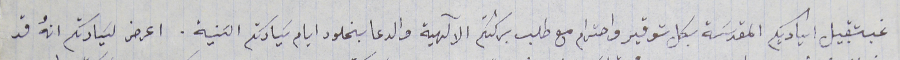
غب تقبيل اياديكم المقدسَة بكل توقير واحترام مع طلب بركتكم الآلهية والدعا بخلود ايام سَيادتكم السَنية. اعرض لسَيادتكم انهُ قد